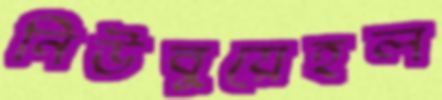
নিউবুয়েহল